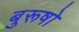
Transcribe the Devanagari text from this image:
बुरूषो